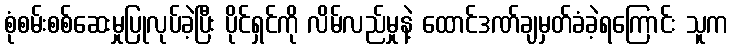
စုံစမ်းစစ်ဆေးမှုပြုလုပ်ခဲ့ပြီး ပိုင်ရှင်ကို လိမ်လည်မှုနဲ့ ထောင်ဒဏ်ချမှတ်ခံခဲ့ရကြောင်း သူက